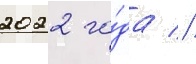
2022 го́да //